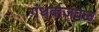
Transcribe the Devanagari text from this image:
गंधर्वाजवळ